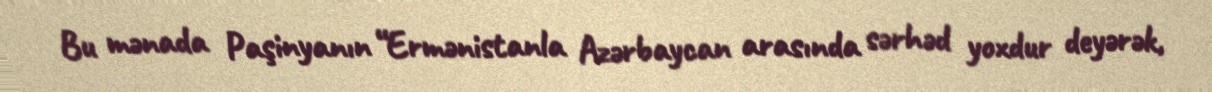
Bu mənada Paşinyanın “Ermənistanla Azərbaycan arasında sərhəd yoxdur deyərək,